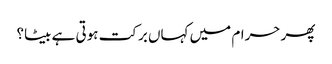
پھر حرام میں کہاں برکت ہوتی ہے بیٹا؟